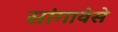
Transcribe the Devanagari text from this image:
सांगावेसे